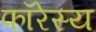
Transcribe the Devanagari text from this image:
फॉरेस्य